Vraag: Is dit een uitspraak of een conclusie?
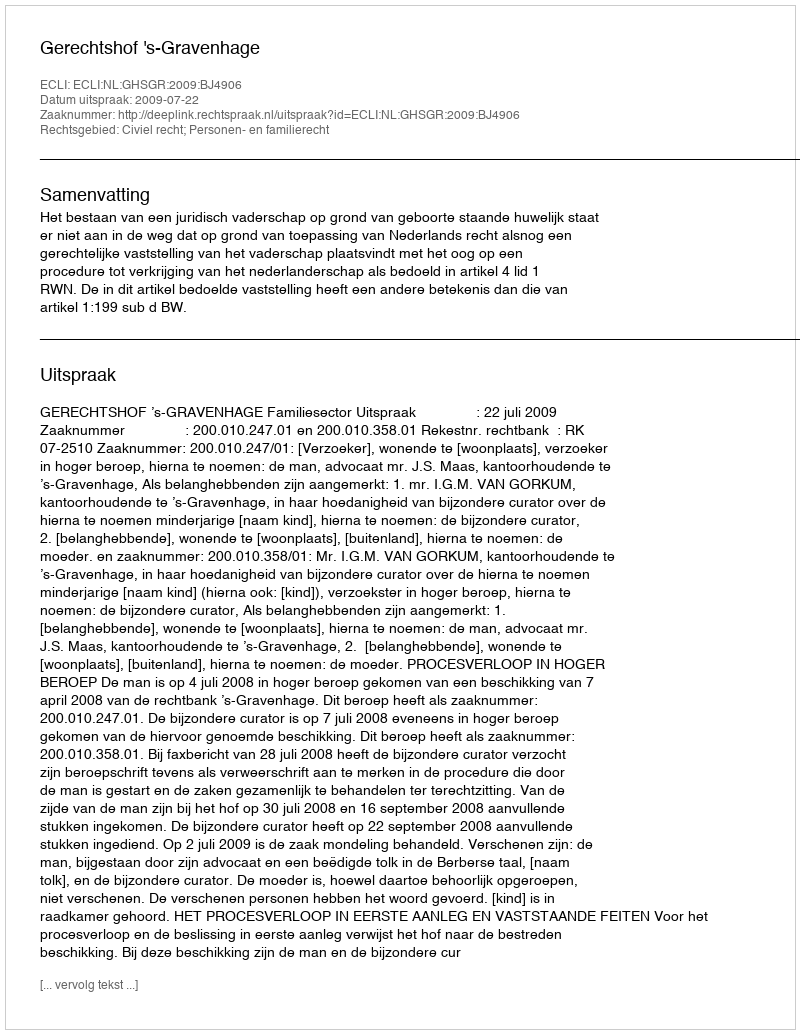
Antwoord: Uitspraak